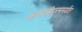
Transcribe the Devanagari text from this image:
महाबलीपुरमपर्यंत